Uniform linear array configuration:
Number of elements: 4
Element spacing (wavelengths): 1
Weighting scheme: binomial
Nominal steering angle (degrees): -30
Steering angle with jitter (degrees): -30.199
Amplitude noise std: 0.05
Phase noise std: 0.05

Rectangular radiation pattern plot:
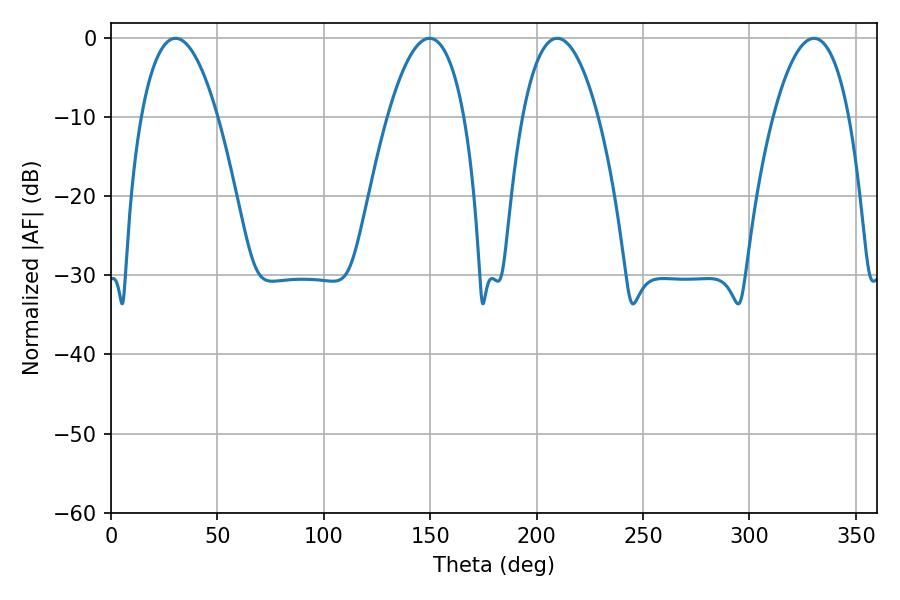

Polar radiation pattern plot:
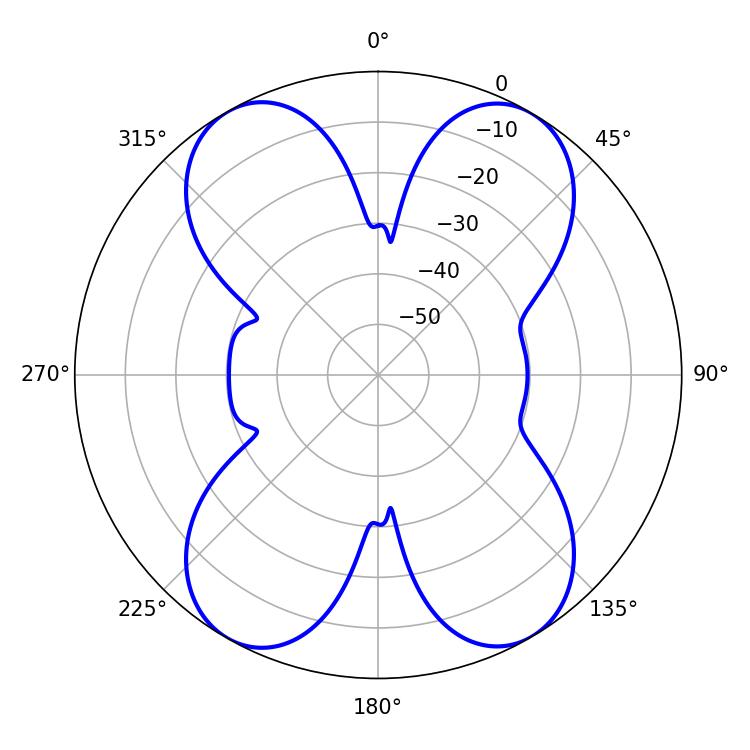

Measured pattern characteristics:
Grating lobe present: TRUE
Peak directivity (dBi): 21.428
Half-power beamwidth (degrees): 19.8
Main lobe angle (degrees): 209.7